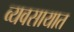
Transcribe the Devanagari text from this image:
व्‍यवसायात